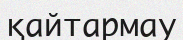
қайтармау